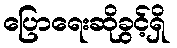
ပြောရေးဆိုခွင့်ရှိ